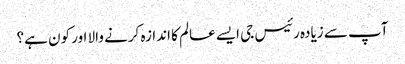
آپ سے زیادہ رئیس جی ایسے عالم کا اندازہ کرنے والا اور کون ہے؟